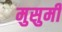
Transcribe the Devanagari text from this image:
मुसुमी